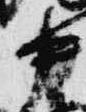
中